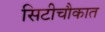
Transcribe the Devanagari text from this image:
सिटीचौकात